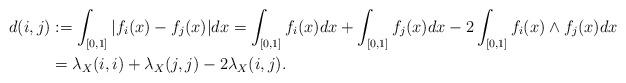
LaTeX: \begin{align*}d(i,j)&:= \int_{[0,1]} |f_i(x) - f_j(x)|dx = \int_{[0,1]} f_i(x)dx + \int_{[0,1]} f_j(x) dx - 2\int_{[0,1]} f_i(x)\wedge f_j(x)dx \\ &= \lambda_X(i,i) + \lambda_X(j,j) - 2\lambda_X(i,j).\end{align*}